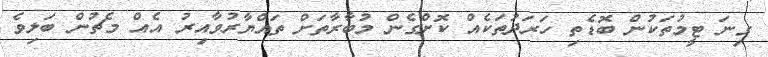
ގިނަ ޓީމުތަކުން ބޮޑެތި ހަރަދުތަކެއް ކޮށްގެން މުބާރާތަށް ތައްޔާރުވާއިރު އެއް މެޗުން ބަލިވެ